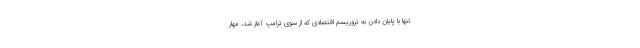
تنها با پایان دادن به تروریسم اقتصادی که از سوی ترامپ آغاز شد، مهار